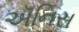
ઍનિસ